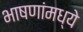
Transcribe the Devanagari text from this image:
भाषणांमध्ये